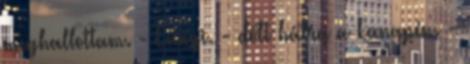
meghallottam. - Ennyi. - dőlt hátra a kanapén. -